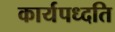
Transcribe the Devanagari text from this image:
कार्यपध्दति